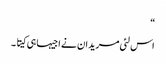
“
اس لئی مریدان نے اجیہا ہی کیتا ۔